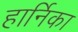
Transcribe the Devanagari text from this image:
हार्निका